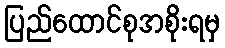
ပြည်ထောင်စုအစိုးရမှ